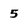
Character: 5